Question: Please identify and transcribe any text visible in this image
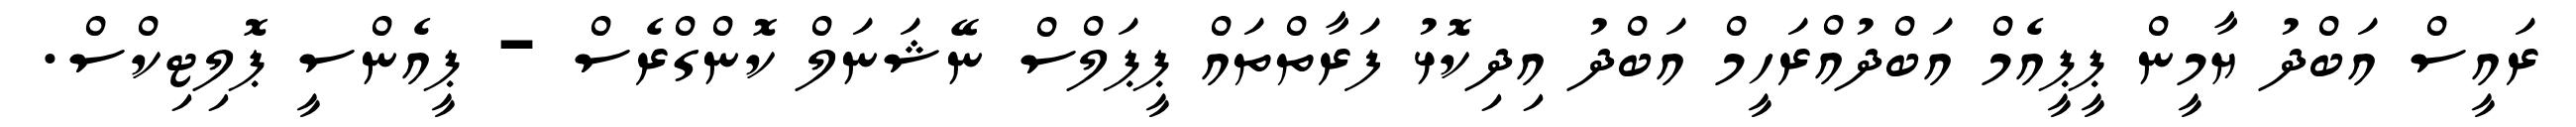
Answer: ރައީސް އަބްދު ޔާމީން ޕީޕީއެމް އަބްދުއްރަހީމް އަބްދު އިދިކޮޅު ފަރާތްތައް ޕީޕަލްސް ނޭޝަނަލް ކޮންގްރެސް - ޕީއެންސީ ޕޮލިޓިކްސް.